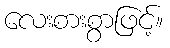
လေးစားစွာဖြင့်။